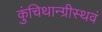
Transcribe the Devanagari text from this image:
कुंचिथान्ग्रीस्थवं